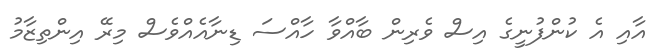
އާއި އެ ކުންފުނީގެ އިސް ވެރިން ބާއްވާ ހާއްސަ ޑިނާއެއްވެސް މިރޭ އިންތިޒާމު